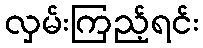
လှမ်းကြည့်ရင်း